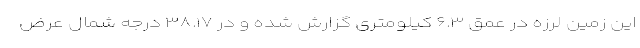
این زمین لرزه در عمق ۶.۳ کیلومتری گزارش شده و در ۳۸.۱۷ درجه شمال عرض